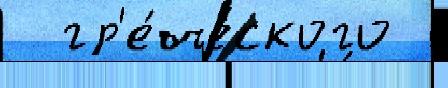
  гр'е́ческого